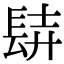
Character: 𨱺